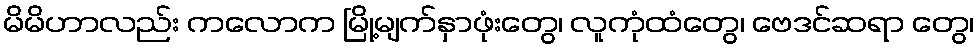
မိမိဟာလည်း ကလောက မြို့မျက်နှာဖုံးတွေ၊ လူကုံထံတွေ၊ ဗေဒင်ဆရာ တွေ၊